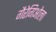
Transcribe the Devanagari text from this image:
गैरेगिओला